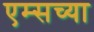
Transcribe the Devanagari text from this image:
एम्सच्या